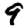
Digit: 9